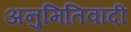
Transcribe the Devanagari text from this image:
अनुमितिवादी